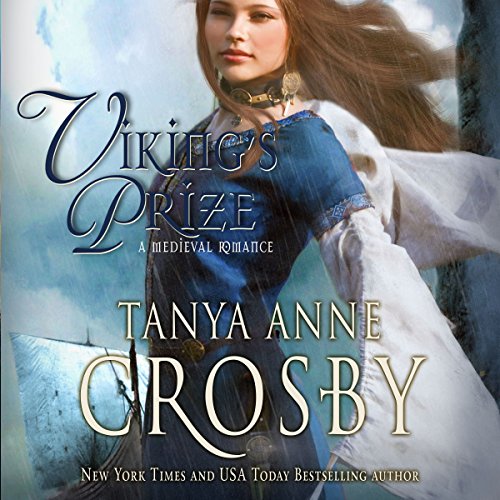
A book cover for Viking's Prize; Tanya Anne Crosby; Romance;